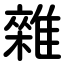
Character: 雜